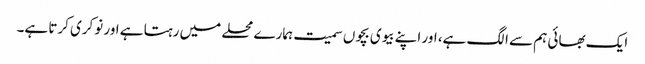
ایک بھائی ہم سے الگ ہے، اور اپنے بیوی بچوں سمیت ہمارے محلے میں رہتا ہے اور نوکری کرتا ہے۔